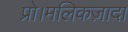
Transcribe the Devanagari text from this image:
प्रो।मलिकज़ादा